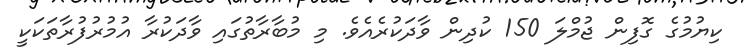
ކިޔުމުގެ ގޮފިން ޖުމްލަ 150 ކުދިން ވާދަކުރެއެވެ. މި މުބާރާތުގައި ވާދަކުރާ އުމުރުފުރާތަކަކީ